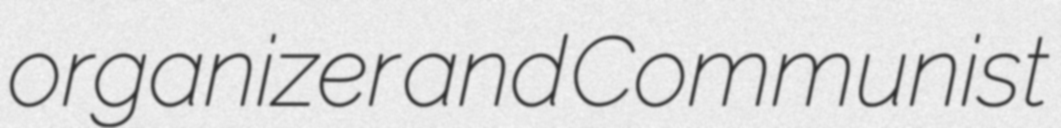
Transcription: organizer and Communist